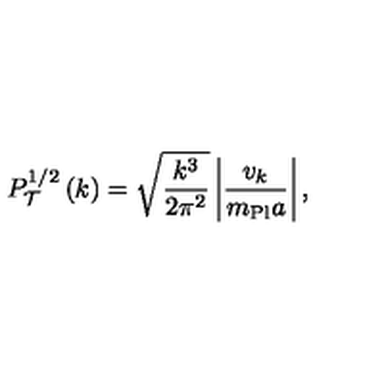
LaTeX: P _ { \cal T } ^ { 1 / 2 } \left( k \right) = \sqrt { \frac { k ^ { 3 } } { 2 \pi ^ { 2 } } } \left| { \frac { v _ { k } } { m _ { \mathrm { P l } } a } } \right| ,